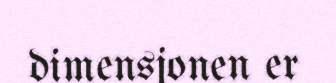
dimensjonen er